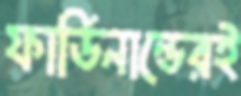
ফার্ডিনান্ডেরই